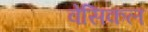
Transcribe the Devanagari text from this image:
वेसिकल